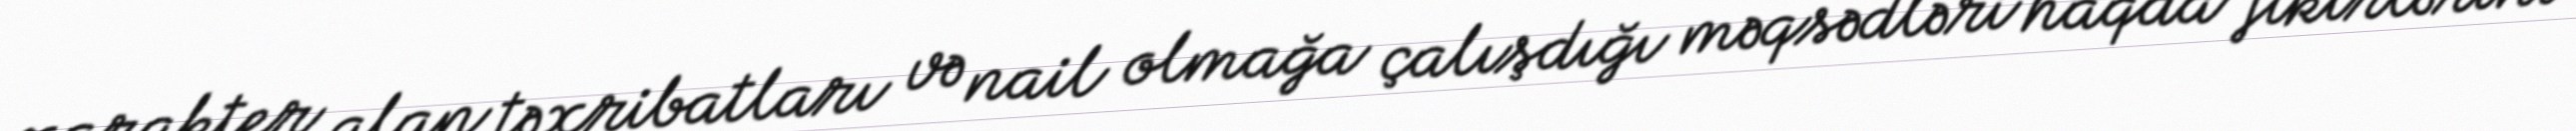
xarakter alan təxribatları və nail olmağa çalışdığı məqsədləri haqda fikirlərini